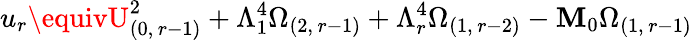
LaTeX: u_{r}\equivU_{(0,\, r-1)}^{2}+\Lambda_{1}^{4}\Omega_{(2,\, r-1)}+\Lambda_{r}^{4}\Omega_{(1,\, r-2)}-\mathbf{M}_{0}\Omega_{(1,\, r-1)}